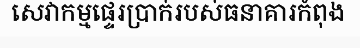
សេវាកម្មផ្ទេរប្រាក់របស់ធនាគារកំពុង